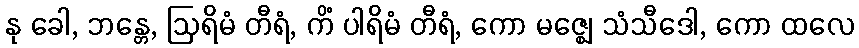
နု ခေါ, ဘန္တေ, ဩရိမံ တီရံ, ကိံ ပါရိမံ တီရံ, ကော မဇ္ဈေ သံသီဒေါ, ကော ထလေ